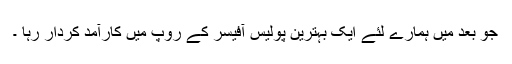
جو بعد میں ہمارے لئے ایک بہترین پولیس آفیسر کے روپ میں کارآمد کردار رہا ۔